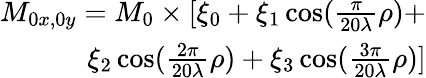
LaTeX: \begin{array}{r}{M_{0x,0y}=M_{0}\times[\xi_{0}+\xi_{1}\cos(\frac{\pi}{20\lambda}\rho)+}\\ {\xi_{2}\cos(\frac{2\pi}{20\lambda}\rho)+\xi_{3}\cos(\frac{3\pi}{20\lambda}\rho)]}\end{array}